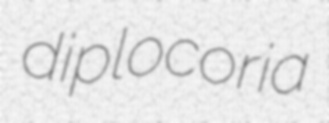
diplocoria